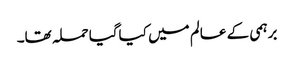
برہمی کے عالم میں کیاگیا حملہ تھا۔